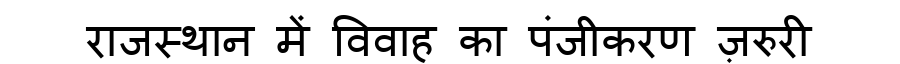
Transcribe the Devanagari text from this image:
राजस्थान में विवाह का पंजीकरण ज़रुरी